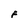
Character: F